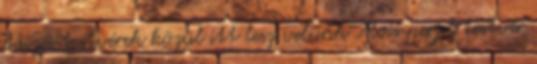
taizéi testvérek közül itt lesz velünk Alois perjel testvér